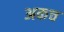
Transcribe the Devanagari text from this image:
अकच